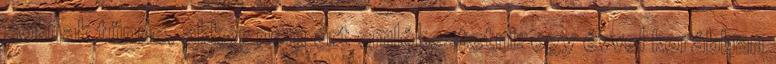
soknak tűnne, akkor nem árt emlékeztetni: egy évvel korábban